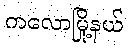
ကလောမြို့နယ်